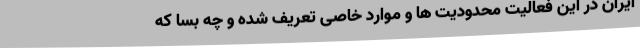
ایران در این فعالیت محدودیت ها و موارد خاصی تعریف شده و چه بسا که